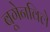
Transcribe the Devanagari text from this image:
बूगेनविले